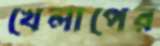
খেলাপের